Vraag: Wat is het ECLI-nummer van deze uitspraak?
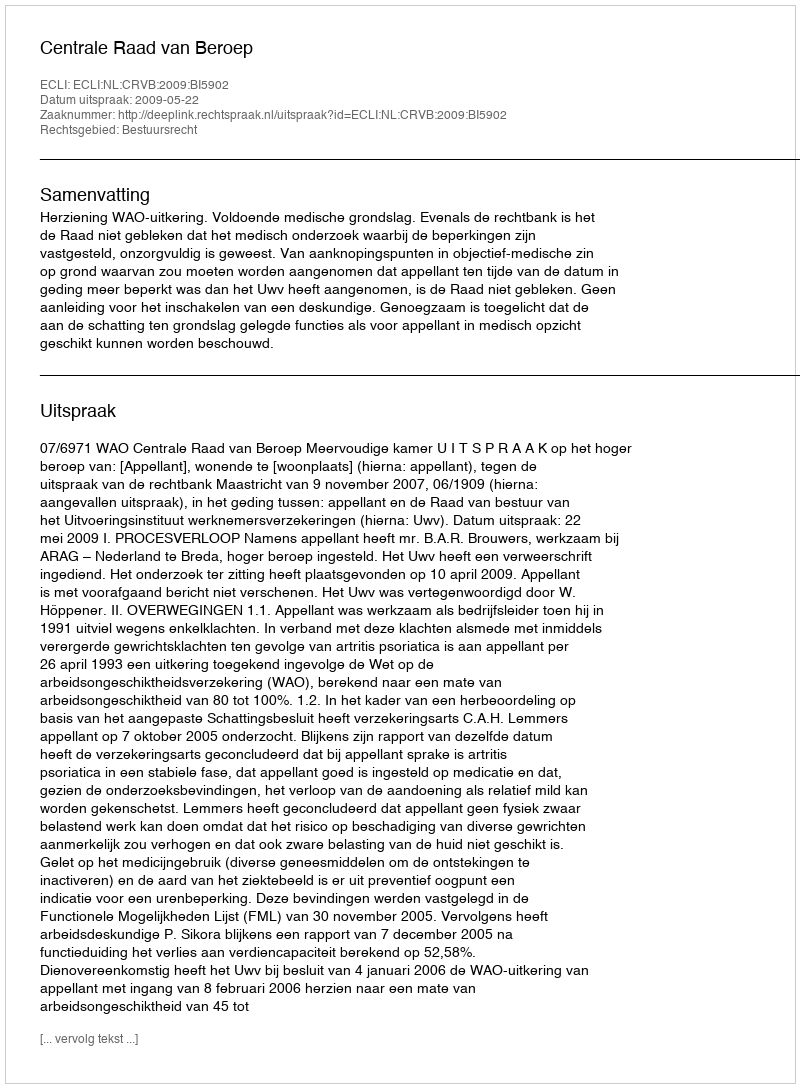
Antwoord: ECLI:NL:CRVB:2009:BI5902